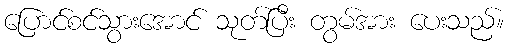
ပြောင်စင်သွားအောင် သုတ်ပြီး တွမ်အား ပေးသည်။